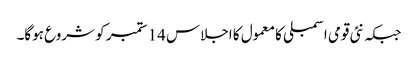
جبکہ نئی قومی اسمبلی کا معمول کا اجلاس 14 ستمبر کو شروع ہوگا۔